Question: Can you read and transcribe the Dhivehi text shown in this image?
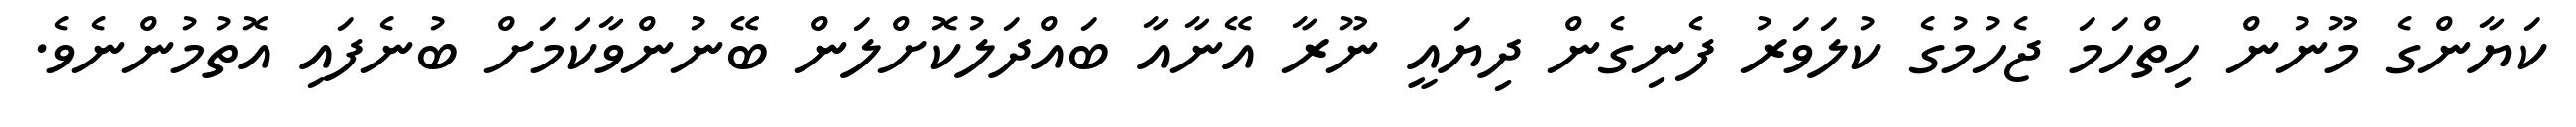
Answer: ކަޔާންގެ މޫނުން ހިތްހަމަ ޖެހުމުގެ ކުލަވަރު ފެނިގެން ދިޔައީ ނޫރާ އޭނާއާ ބައްދަލުކޮށްލަން ބޭނުންވާކަމަށް ބުނެފައި އޮތުމުންނެވެ.